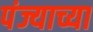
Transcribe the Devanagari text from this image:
पंज्याच्या